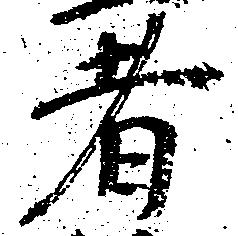
者